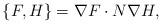
LaTeX: \begin{align*}\left\{ F,H\right\} =\nabla F\cdot N\nabla H, \end{align*}